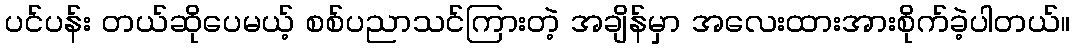
ပင်ပန်း တယ်ဆိုပေမယ့် စစ်ပညာသင်ကြားတဲ့ အချိန်မှာ အလေးထားအားစိုက်ခဲ့ပါတယ်။